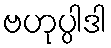
ဗဟုပ္ပါဒါ